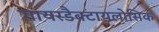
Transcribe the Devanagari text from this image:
गायरडैक्टायलोसिक